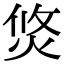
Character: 焂